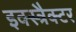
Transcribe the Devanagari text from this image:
इक्स्त्रैक्टर